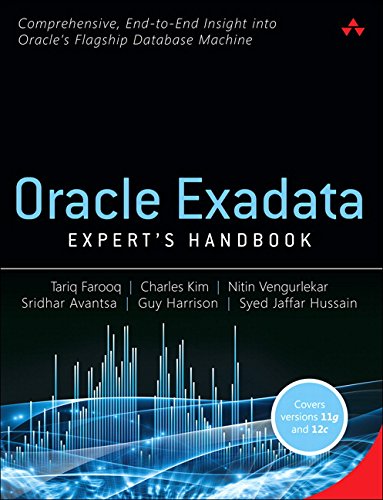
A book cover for Oracle Exadata Expert's Handbook; Tariq Farooq; Computers & Technology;